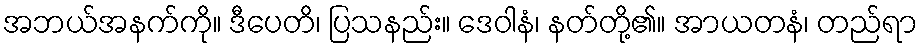
အဘယ်အနက်ကို။ ဒီပေတိ၊ ပြသနည်း။ ဒေဝါနံ၊ နတ်တို့၏။ အာယတနံ၊ တည်ရာ